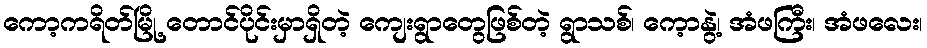
ကော့ကရိတ်မြို့ တောင်ပိုင်းမှာရှိတဲ့ ကျေးရွာတွေဖြစ်တဲ့ ရွာသစ်၊ ကေ့ာနွဲ့၊ အံဖကြီး၊ အံဖလေး၊